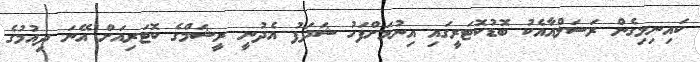
ކައިނިމިގެން ރަސަލްއާއެކު ބޮޑުކޮޓަރީގައި އިނުމަށްފަހު ޝަދަފު އެދުނީ ރީޝަމްގެ ކޮޓަރިއަށް އޭނަ ދިއުމުގެ